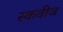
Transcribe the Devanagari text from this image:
स्कवीज